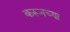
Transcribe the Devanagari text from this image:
करूनच्या